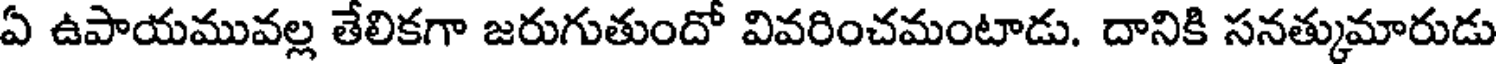
ఏ ఉపాయమువల్ల తేలికగా జరుగుతుందో వివరించమంటాడు. దానికి సనత్కుమారుడు